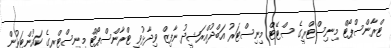
ޓްރާންސްޕޯޓް މިނިސްޓްރީގެ ސްޓޭޓް މިނިސްޓަރު އަބްދުއްރަޝީދު ނާފިޒް ވިދާޅުވީ ޓްރާންސްޕޯޓް މިނިސްޓްރީގެ ކައުންޓަރުން